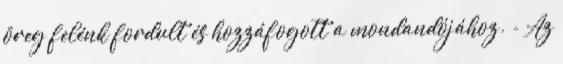
öreg felénk fordult és hozzáfogott a mondandójához. - Az